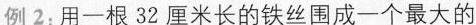
例2：用一根32厘米长的铁丝围成一个最大的